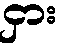
ငှား